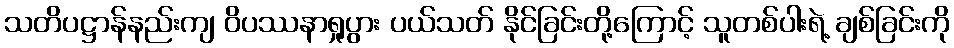
သတိပဋ္ဌာန်နည်းကျ ဝိပဿနာရှုပွား ပယ်သတ် နိုင်ခြင်းတို့ကြောင့် သူတစ်ပါးရဲ့ ချစ်ခြင်းကို